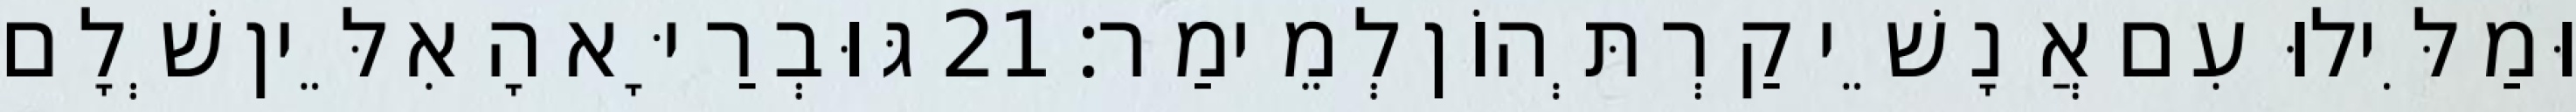
וּמַלִּילוּ עִם אֲנָשֵׁי קַרְתְּהוֹן לְמֵימַר׃ 21 גּוּבְרַיָּא הָאִלֵּין שְׁלָם